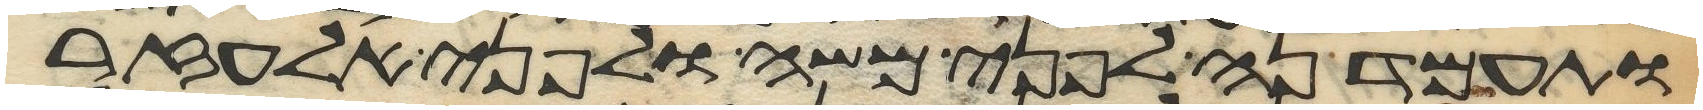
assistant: ותעמדנה לפני משה ולפני אלעזר